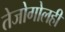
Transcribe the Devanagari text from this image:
तेजोगोलही